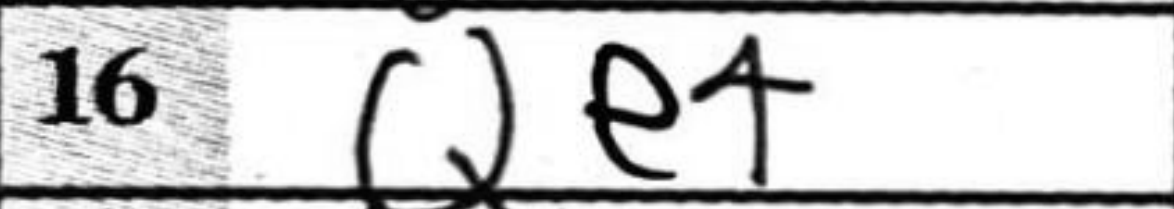
Transcription: Qe4